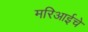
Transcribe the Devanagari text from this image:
मरिआईचे